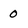
Character: 0